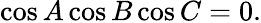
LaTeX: \displaystyle\cos{A}\cos{B}\cos{C}=0.